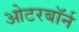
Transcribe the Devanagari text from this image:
ओटरबॉर्न